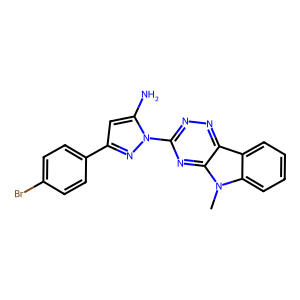
SMILES: Cn1c2ccccc2c2nnc(-n3nc(-c4ccc(Br)cc4)cc3N)nc21
Inhibits HIV replication: No